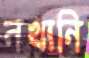
নখানি